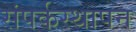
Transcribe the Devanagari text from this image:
संपर्कस्थापन